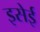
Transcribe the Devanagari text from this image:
इसेई